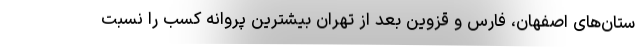
ستان‌های اصفهان، فارس و قزوین بعد از تهران بیشترین پروانه کسب را نسبت